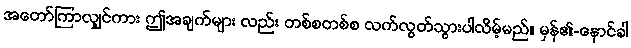
အတော်ကြာလျှင်ကား ဤအချက်များ လည်း တစ်စတစ်စ လက်လွတ်သွားပါလိမ့်မည်။ မှန်၏-နောင်ခါ